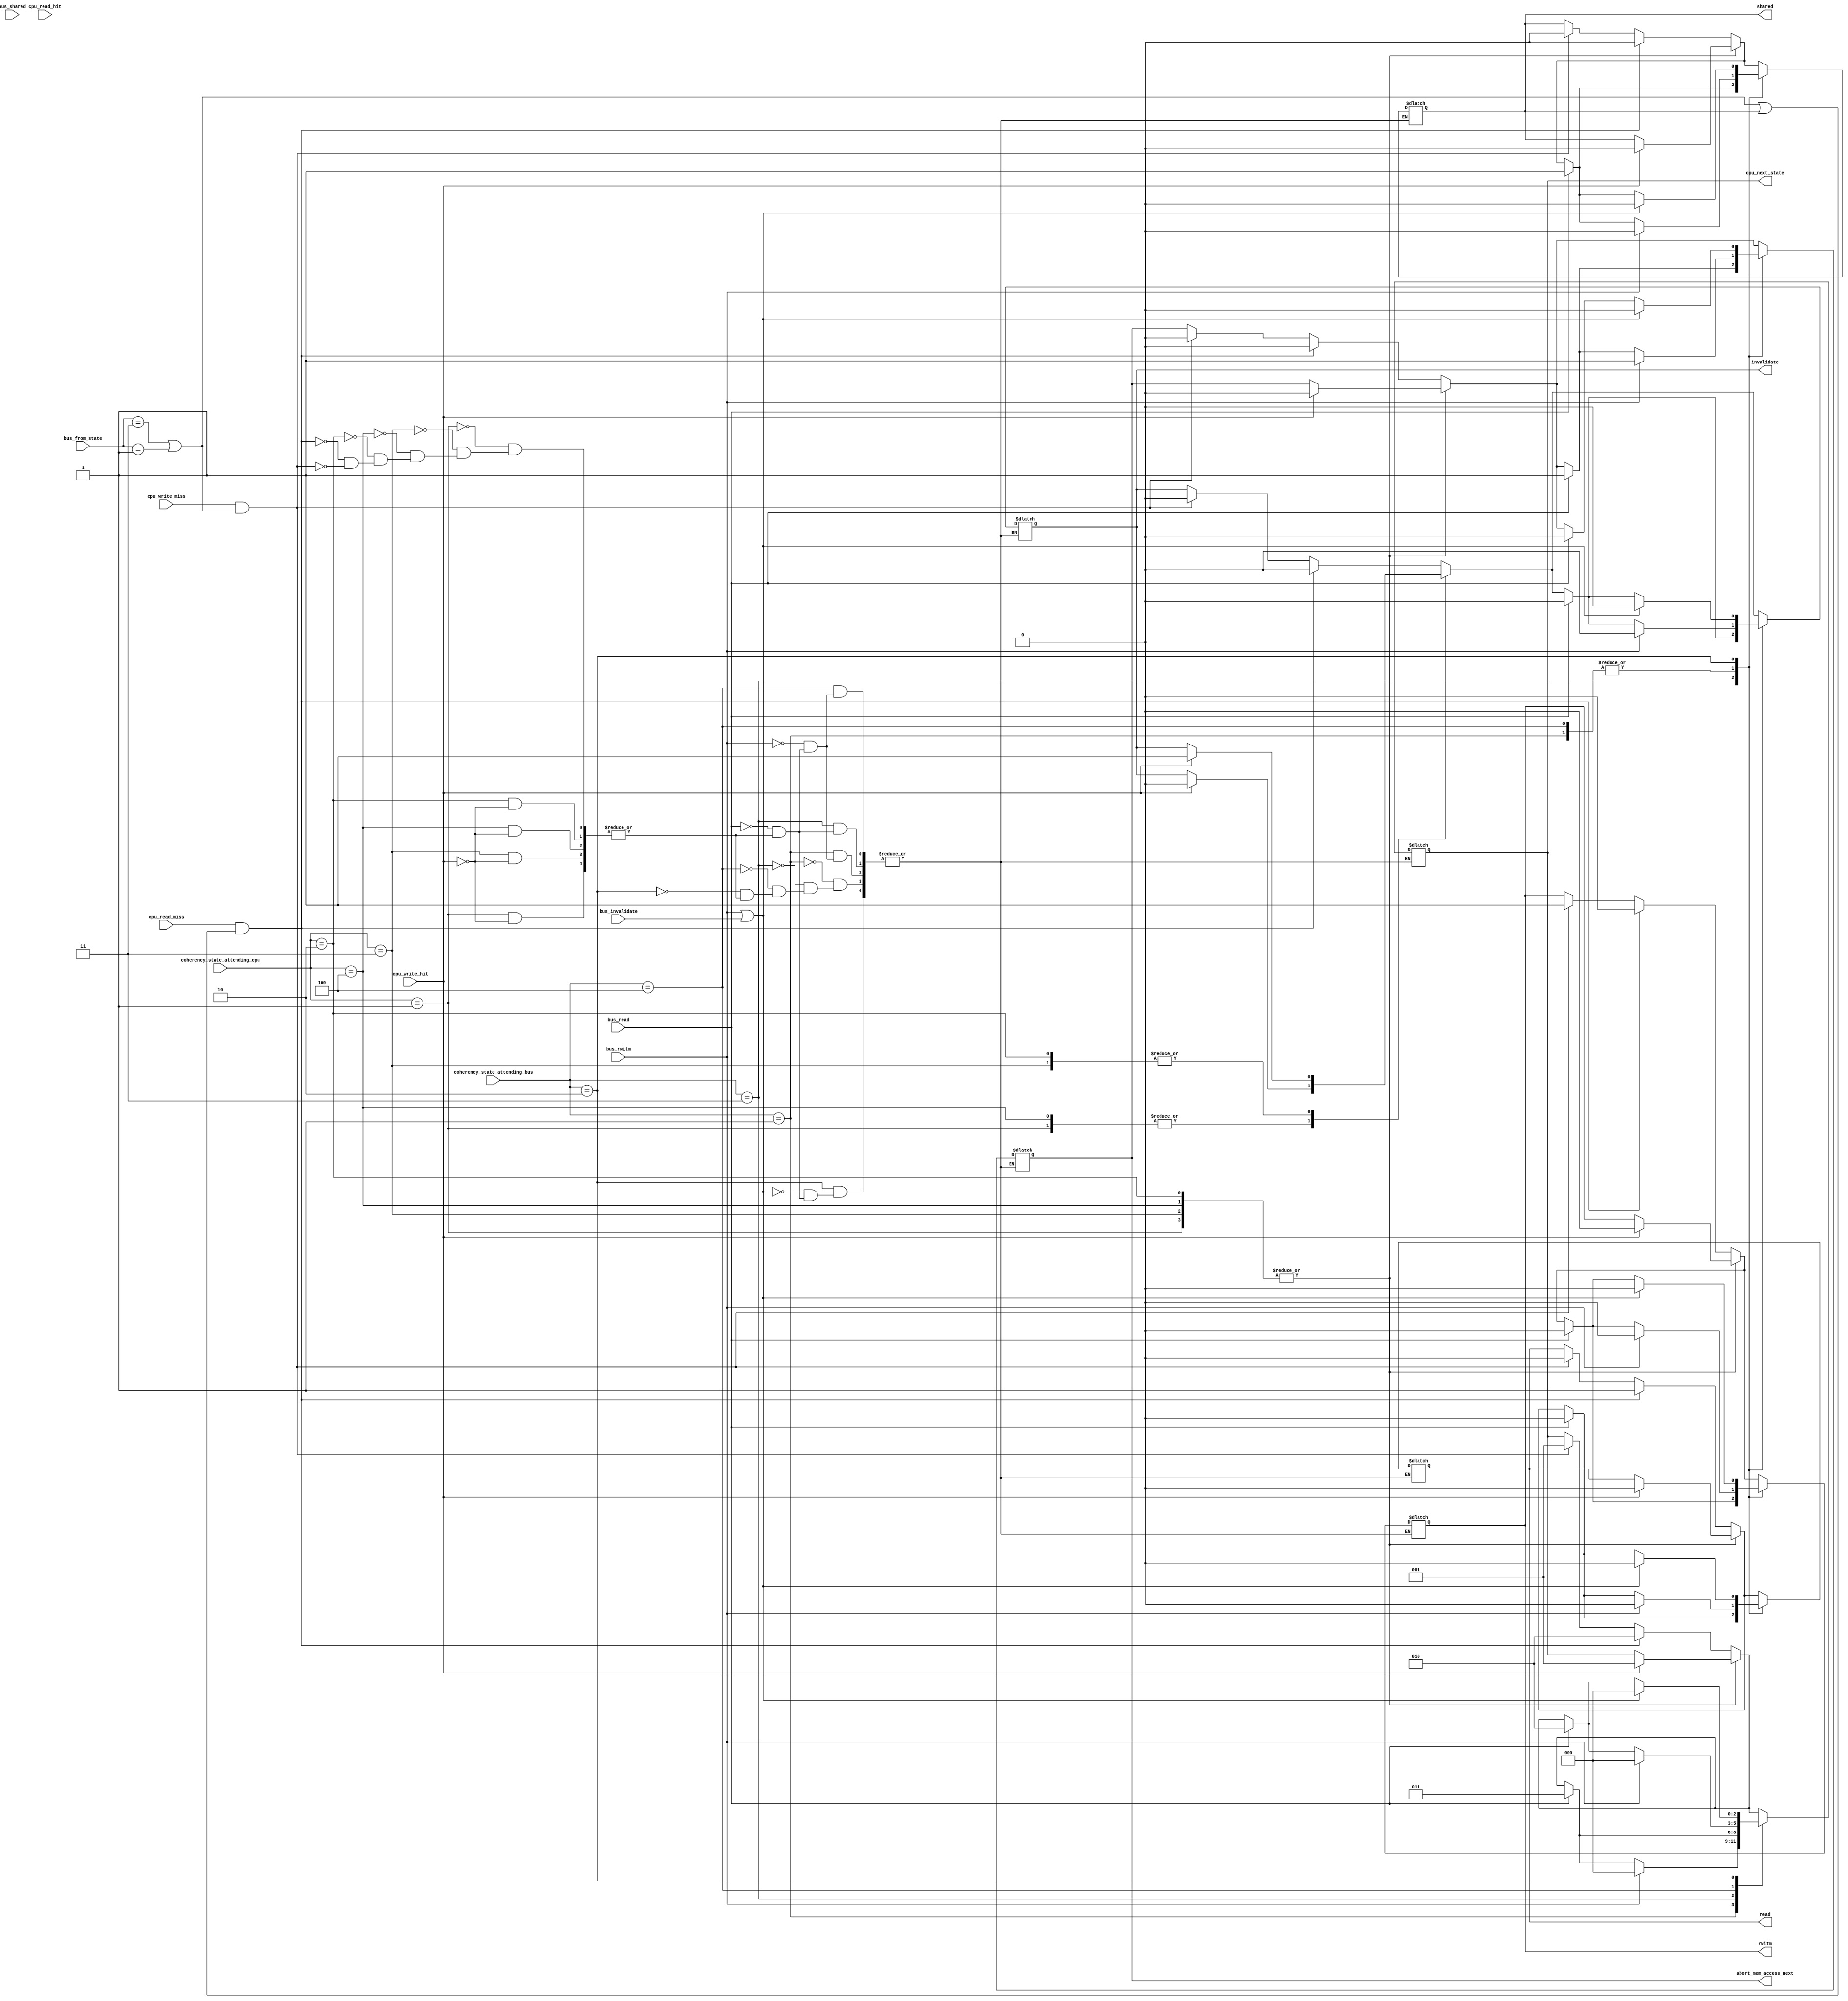
// input from cpu refering to coherency_state_attending_cpu and if it was a (write|read)(miss|read)
// 	defines the next address state on bus for other caches(bus_reply_state) 
// 	and what we'll modify in our own(cpu_next_state).
// input from bus refering to coherency_state_attending_bus:
// 	what comes from the bus(writen by other caches, bus_state_in), 
// 	and what we'll modify in our own(cpu_next_state). 
module FSM_MOESI_controler(
	input [2:0] coherency_state_attending_cpu,
	input cpu_write_hit, cpu_read_hit,//crh has not an actual meaning
	input cpu_write_miss, cpu_read_miss,

	input [2:0] coherency_state_attending_bus,
	input [1:0] bus_from_state,//from (M|O|E|MM)
	input bus_read,
	input bus_rwitm, // read miss but "read with intention to modify"
	input bus_invalidate,
	input bus_shared,
	//--
	output reg [2:0] cpu_next_state,

	output reg read,
	output reg rwitm,
	output reg invalidate,
	output reg shared,
	output reg abort_mem_access_next//intervention
	);
	parameter FROM_M=3'b001, FROM_O=3'b011, FROM_E=3'b100, FROM_MEM=3'b101;
	parameter INVALID=3'b000, MODIFIED=3'b001, SHARED=3'b010, OWNED=3'b011, EXCLUSIVE=3'b100;
	
	wire cpu_write = cpu_write_hit | cpu_write_miss;//whenever a write
	wire cpu_read = cpu_read_hit | cpu_read_miss;

	initial begin 
		cpu_next_state <= INVALID;
		invalidate <= 0;
		rwitm <= 0;
		abort_mem_access_next <= 0;
		shared <= 0;
		read <= 0;
	end
	always@(*)begin
		case(coherency_state_attending_cpu)
			MODIFIED:begin
				if(cpu_write_hit==1'b1)begin
					cpu_next_state <= MODIFIED;
					invalidate <= 0;
					rwitm <= 0;
					abort_mem_access_next <= 0;
					shared <= 0;
					read <= 0;
				end
			end
			OWNED:begin
				if(cpu_write_hit==1'b1)begin
					cpu_next_state <= MODIFIED;
					invalidate <= 1'b1;
					rwitm <= 0;
					abort_mem_access_next <= 0;
					shared <= 0;
					read <= 0;
				end
			end
			EXCLUSIVE:begin
				if(cpu_write_hit==1'b1)begin
					cpu_next_state <= MODIFIED;
					invalidate <= 0;
					rwitm <= 0;
					abort_mem_access_next <= 0;
					shared <= 0;
					read <= 0;
				end
			end
			SHARED:begin
				if(cpu_write_hit==1'b1)begin
					cpu_next_state <= MODIFIED;
					invalidate <= 1;
					rwitm <= 0;
					abort_mem_access_next <= 0;
					shared <= 0;
					read <= 0;
				end
			end
			default:begin
				if(cpu_write_miss==1'b1 
					&& (bus_from_state==FROM_O 
						|| bus_from_state==FROM_M
						|| bus_from_state==FROM_MEM
					)
				)begin
					cpu_next_state <= MODIFIED;
					invalidate <= 0;
					rwitm <= 1;
					abort_mem_access_next <= 0;
					shared <= 0;
					read <= 0;
				end
				if(cpu_read_miss==1'b1 
					&& (
						(	bus_from_state==FROM_O 
							|| bus_from_state==FROM_M
							|| bus_from_state==FROM_MEM
						)
						||
						(shared==1'b1)
					)
				)begin
					cpu_next_state <= SHARED;
					invalidate <= 0;
					rwitm <= 0;
					abort_mem_access_next <= 0;
					shared <=0;
					read <= 1'b1;
				end
				if(cpu_read_miss==1'b1
					&& bus_from_state==FROM_MEM
					&& shared==0
				)begin
					cpu_next_state <= EXCLUSIVE;
					invalidate <= 0;
					rwitm <= 0;
					abort_mem_access_next <= 0;
					shared <= 0;
					read <= 1;
				end
			end
		endcase
		case(coherency_state_attending_bus)
			MODIFIED:begin
				if(bus_rwitm==1'b1)begin
					cpu_next_state <= INVALID;
					invalidate <= 0;
					rwitm <= 0;
					abort_mem_access_next <= 1;
					shared <= 0;
					read <= 0;
				end else if(bus_read==1'b1)begin
					cpu_next_state <= OWNED;
					invalidate <= 0;
					rwitm <= 0;
					abort_mem_access_next <= 1;
					shared <= 1'b1;
					read <= 0;
				end
			end
			OWNED:begin
				if(bus_read==1'b1)begin
					cpu_next_state <= OWNED;
					invalidate <= 0;
					rwitm <= 0;
					abort_mem_access_next <= 1;
					shared <= 1'b1;
					read <= 0;
				end
			end
			EXCLUSIVE:begin
				if(bus_rwitm==1'b1)begin
					cpu_next_state <= INVALID;
					invalidate <= 0;
					rwitm <= 0;
					abort_mem_access_next <= 1;//depends on implementation
					shared <= 0;
					read <= 0;
				end else if(bus_read==1'b1)begin
					cpu_next_state <= SHARED;
					invalidate <= 0;
					rwitm <= 0;
					abort_mem_access_next <= 1;//depends on implementation
					shared <= 1'b1;
					read <= 0;
				end
			end
			SHARED:begin
				if(bus_read==1'b1)begin
					cpu_next_state <= SHARED;
					invalidate <= 0;
					rwitm <= 0;
					abort_mem_access_next <= 0;//depends on implementation
					shared <= 1'b1;
					read <= 0;
				end
				if(bus_rwitm==1'b1 || bus_invalidate==1'b1)begin
					cpu_next_state <= INVALID;
					invalidate <= 0;
					rwitm <= 0;
					abort_mem_access_next <= 0;//depends on implementation
					shared <= 0;
					read <= 0;
				end
			end
		endcase
	end
endmodule